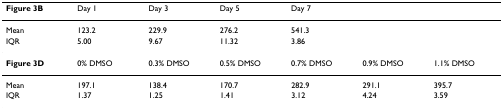
| Figure 3B | Day 1 | Day 3 | Day 5 | Day 7 |  |  |
 | --- | --- | --- | --- | --- | --- | --- |
 | Mean | 123.2 | 229.9 | 276.2 | 541.3 |  |  |
 | IQR | 5.00 | 9.67 | 11.32 | 3.86 |  |  |
 | Figure 3D | 0% DMSO | 0.3% DMSO | 0.5% DMSO | 0.7% DMSO | 0.9% DMSO | 1.1% DMSO |
 | Mean | 197.1 | 138.4 | 170.7 | 282.9 | 291.1 | 395.7 |
 | IQR | 1.37 | 1.25 | 1.41 | 3.12 | 4.24 | 3.59 |